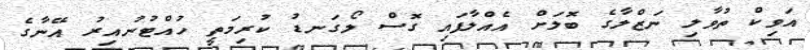
އަވިކް ތުވާލި ނަޒްލާގެ ބޮލަށް އެއްލާފައި ގޮސް ލޯގަނޑު ކުރިމަތީ ހުއްޓުނުއިރު އޭނާގެ